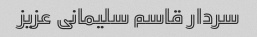
سردار قاسم سلیمانی عزیز